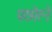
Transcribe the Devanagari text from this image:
पछोरने